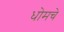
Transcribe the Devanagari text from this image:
धोमचे